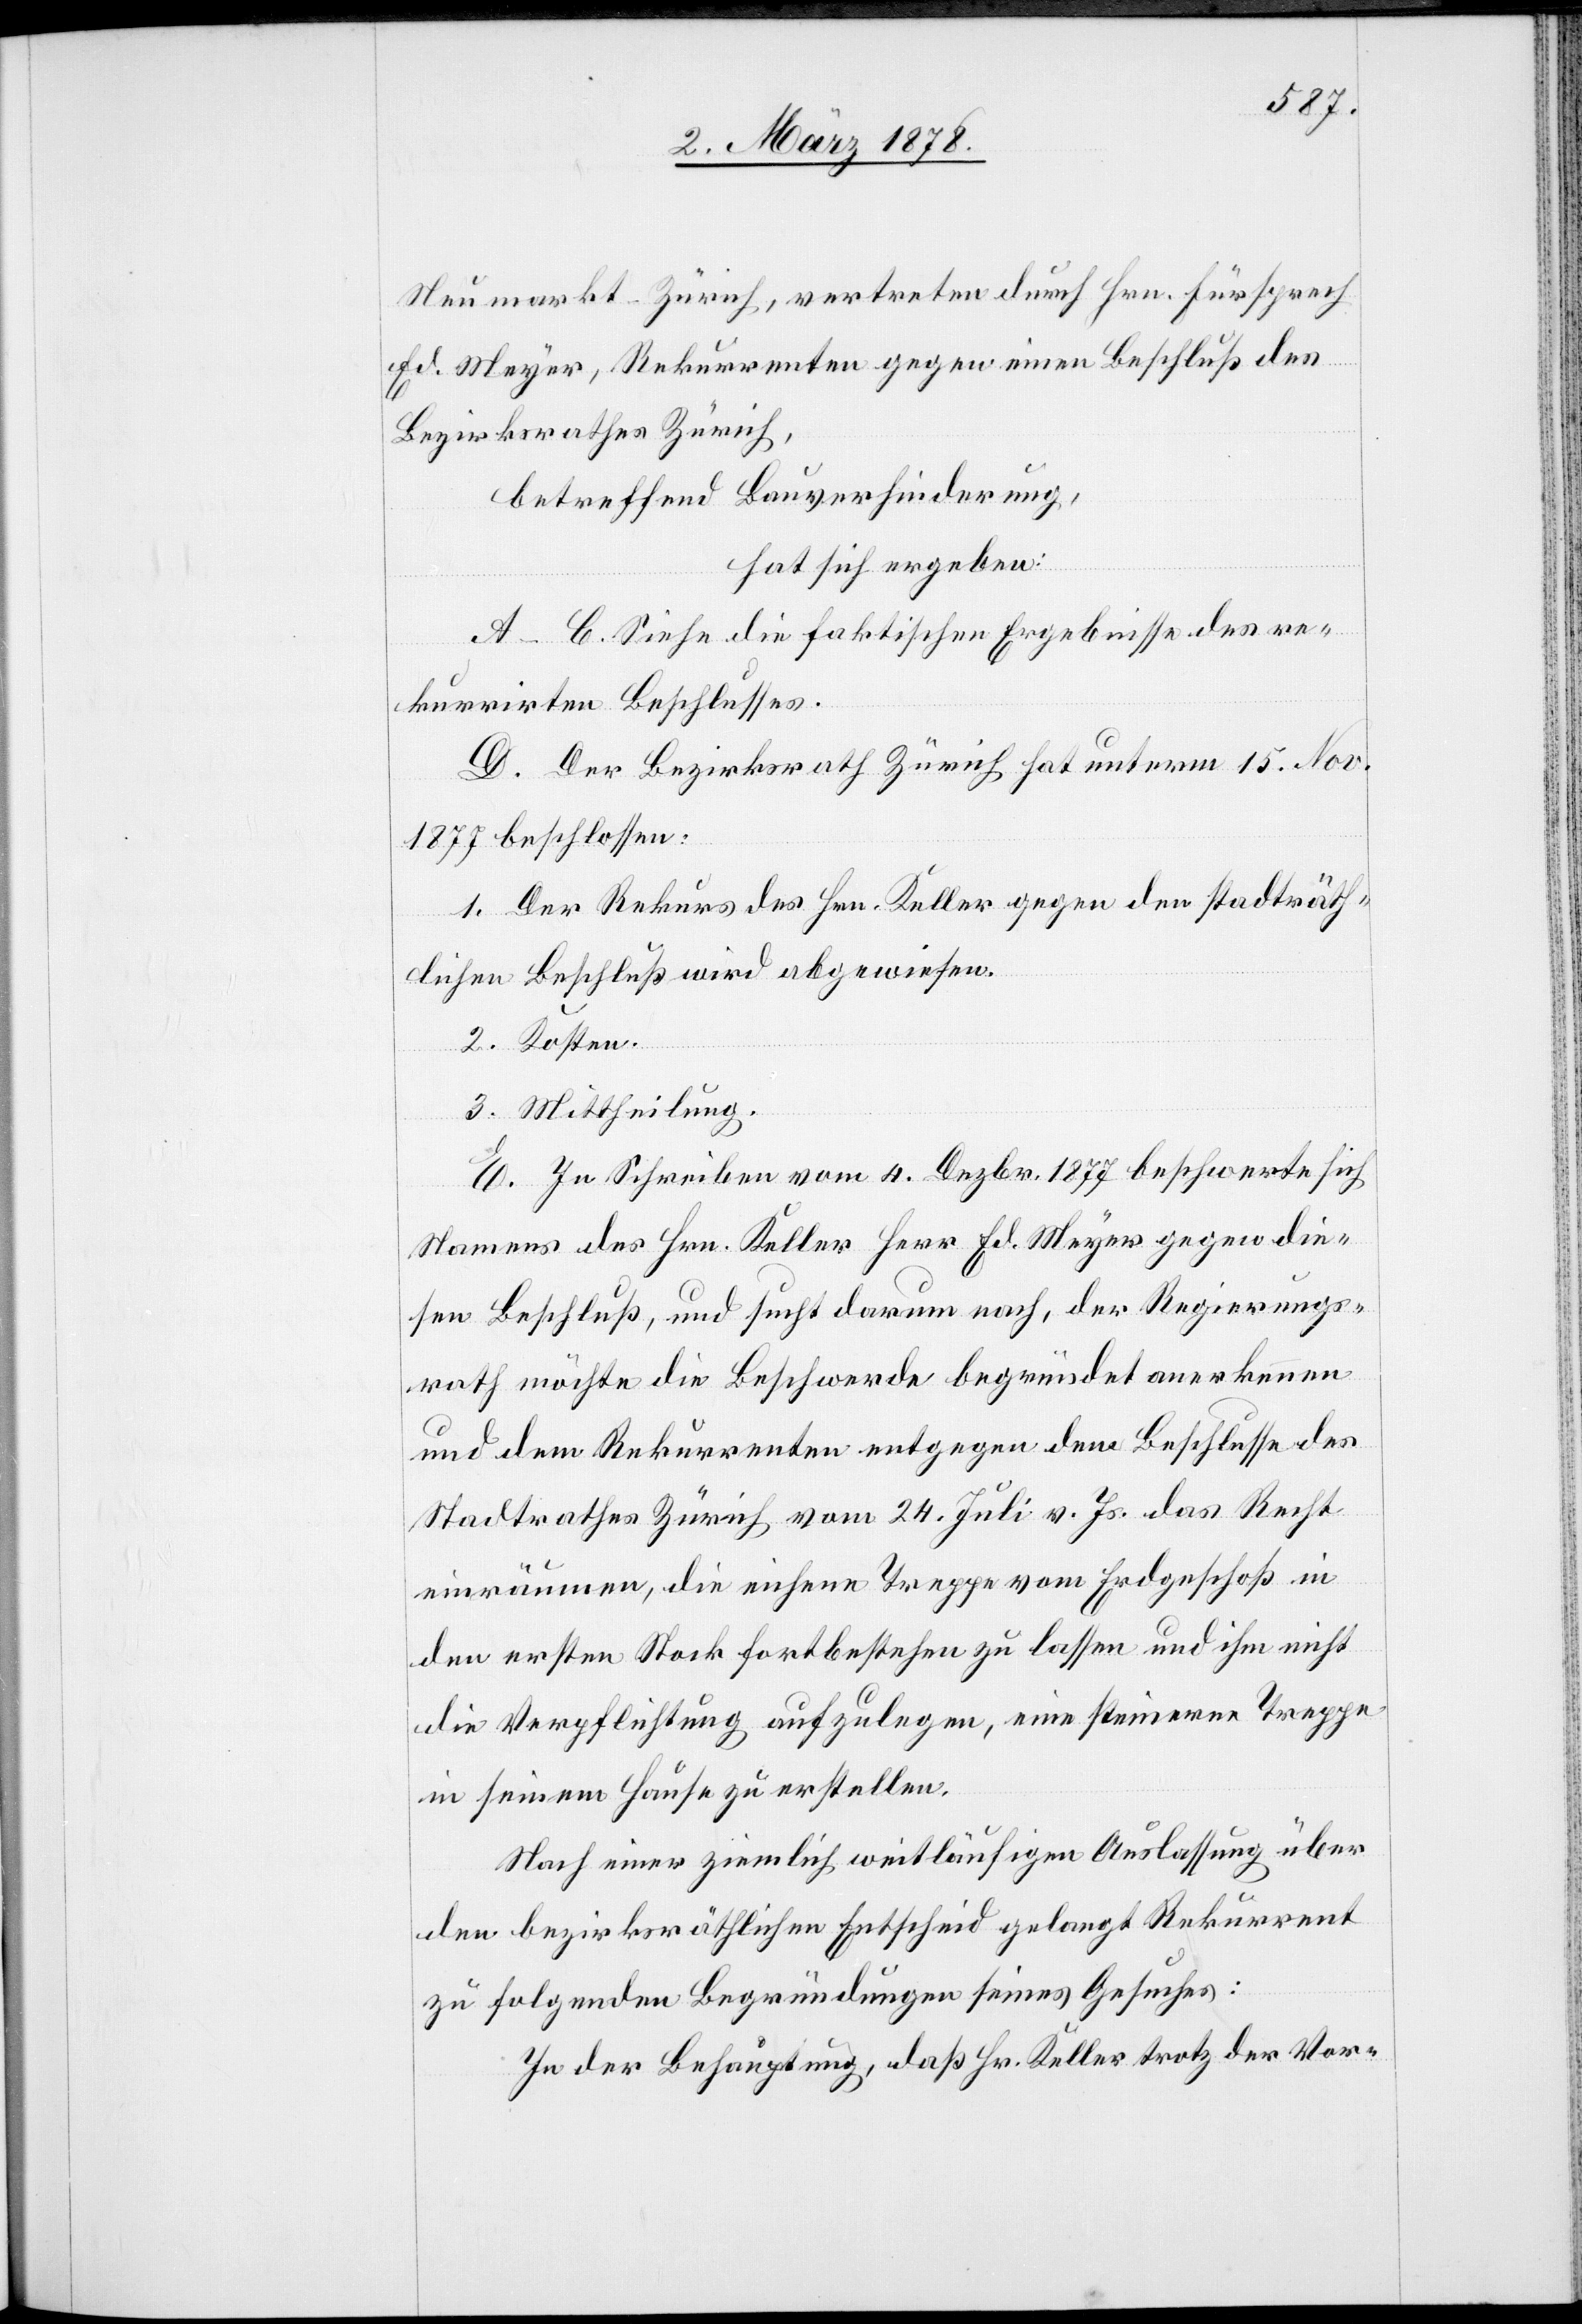
Neumarkt - Zürich, vertreten durch Hrn. Fürsprech
Ed. Meyer, Rekurrenten gegen einen Beschluß des
Bezirksrathes Zürich,
betreffend Bauverhinderung,
hat sich ergeben:
A–C. Siehe die faktischen Ergebnisse des re¬
kurrirten Beschlusses.
D. Der Bezirksrath Zürich hat unterm 15. Nov.
1877 beschlossen:
1. Der Rekurs des Hrn. Keller gegen den stadträth¬
lichen Beschluß wird abgewiesen.
2. Kosten.
3. Mittheilung.
E. In Schreiben vom 4. Dezbr. 1877 beschwerte sich
Namens des Hrn. Keller Herr Ed. Meyer gegen die¬
sen Beschluß, und sucht darum nach, der Regierungs¬
rath möchte die Beschwerde begründet anerkennen
und dem Rekurrenten entgegen dem Beschlusse des
Stadtrathes Zürich vom 24. Juli v. Js. das Recht
einräumen, die eichene Treppe vom Erdgeschoß in
den ersten Stock fortbestehen zu lassen und ihm nicht
die Verpflichtung aufzulegen, eine steinerne Treppe
in seinem Hause zu erstellen.
Nach einer ziemlich weitläufigen Auslassung über
den bezirksräthlichen Entscheid gelangt Rekurrent
zu folgenden Begründungen seines Gesuches:
In der Behauptung, daß Hr. Keller trotz der Vor-